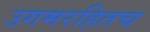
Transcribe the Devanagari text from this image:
उगमरहितच